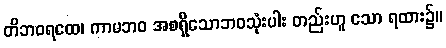
တိဘဝရထေ၊ ကာမဘဝ အစရှိသောဘဝသုံးပါး တည်းဟူ သော ရထား၌။